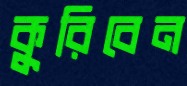
কুরিবেন